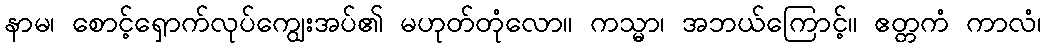
နာမ၊ စောင့်ရှောက်လုပ်ကျွေးအပ်၏ မဟုတ်တုံလော။ ကသ္မာ၊ အဘယ်ကြောင့်။ ဧတ္တကံ ကာလံ၊